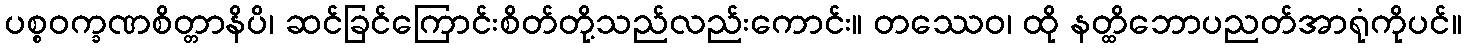
ပစ္စဝက္ခဏစိတ္တာနိပိ၊ ဆင်ခြင်ကြောင်းစိတ်တို့သည်လည်းကောင်း။ တဿေဝ၊ ထို နတ္ထိဘောပညတ်အာရုံကိုပင်။